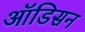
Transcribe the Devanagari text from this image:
ऑडिसन